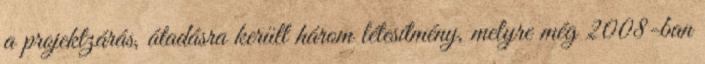
a projektzárás, átadásra került három létesítmény, melyre még 2008-ban